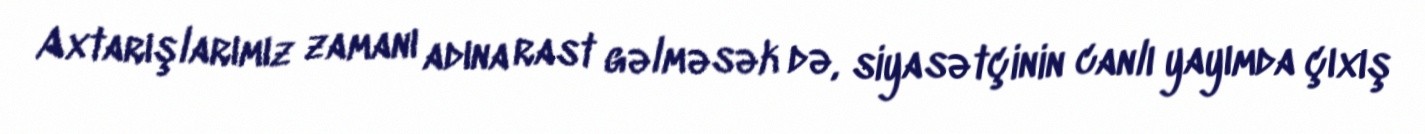
Axtarışlarımız zamanı adına rast gəlməsək də, siyasətçinin canlı yayımda çıxış